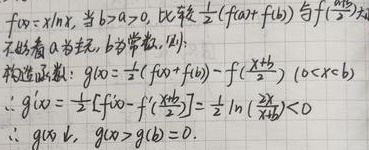
\(f(x)=x\ln x\), 当\(b > a>0\), 比较\(\frac{1}{2}(f(a)+f(b))\)与\(f(\frac{a + b}{2})\)大小
不妨看\(a\)为变量，\(b\)为常数. 则：
构造函数：\(g(x)=\frac{1}{2}(f(x)+f(b))-f(\frac{x + b}{2})\)，\((0<x<b)\)
\(\therefore g'(x)=\frac{1}{2}[f'(x)-f'(\frac{x + b}{2})]=\frac{1}{2}\ln(\frac{2x}{x + b})<0\)
\(\therefore g(x)\downarrow\)，\(g(a)>g(b)=0\).